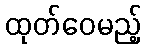
ထုတ်ဝေမည့်